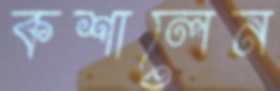
কশালেন